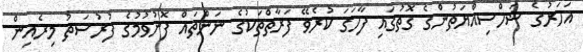
އަހަރުގެ ޝަހްސިއްޔަތުންގެ ގޮތުގައި ފާހަގަ ކުރެވޭ ފަރާތްތަކުގެ ނަންތައް ފޮނުވުމުގެ ފުރުސަތު މިރެއިން